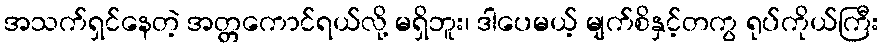
အသက်ရှင်နေတဲ့ အတ္တကောင်ရယ်လို့ မရှိဘူး၊ ဒါပေမယ့် မျက်စိနှင့်တကွ ရုပ်ကိုယ်ကြီး